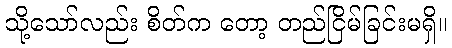
သို့သော်လည်း စိတ်က တော့ တည်ငြိမ်ခြင်းမရှိ။